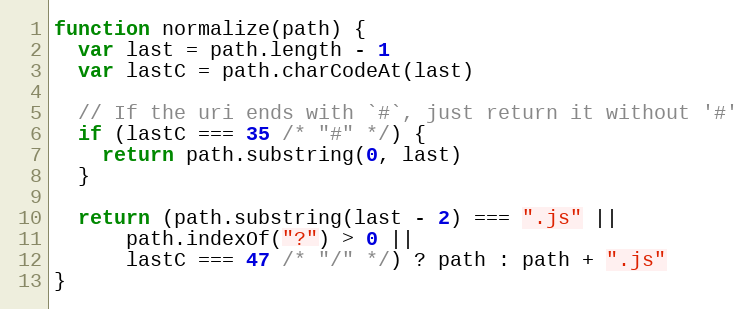
Language: JavaScript
function normalize(path) {
  var last = path.length - 1
  var lastC = path.charCodeAt(last)

  // If the uri ends with `#`, just return it without '#'
  if (lastC === 35 /* "#" */) {
    return path.substring(0, last)
  }

  return (path.substring(last - 2) === ".js" ||
      path.indexOf("?") > 0 ||
      lastC === 47 /* "/" */) ? path : path + ".js"
}